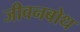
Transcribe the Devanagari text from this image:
जीवनबोध